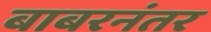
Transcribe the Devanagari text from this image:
बाबरनंतर